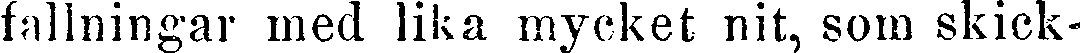
fallningar med lika mycket nit, som skick-